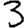
Digit: 3